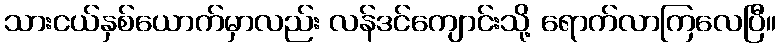
သားငယ်နှစ်ယောက်မှာလည်း လန်ဒင်ကျောင်းသို့ ရောက်လာကြလေပြီ။